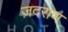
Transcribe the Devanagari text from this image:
ज़दराण